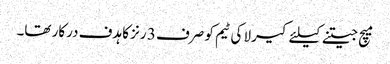
میچ جیتنے کیلئے کیرلا کی ٹیم کو صرف 3 رنز کا ہدف درکار تھا۔